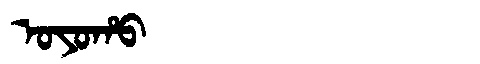
Manchu: ᠣᠶᠣᡥᠣ
Romanization: OYOHO